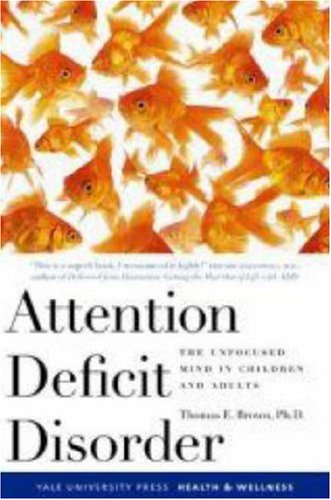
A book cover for Attention Deficit Disorder: The Unfocused Mind in Children and Adults (Yale University Press Health & Wellness); Thomas Brown; Parenting & Relationships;